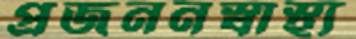
প্রজননস্বাস্থ্য